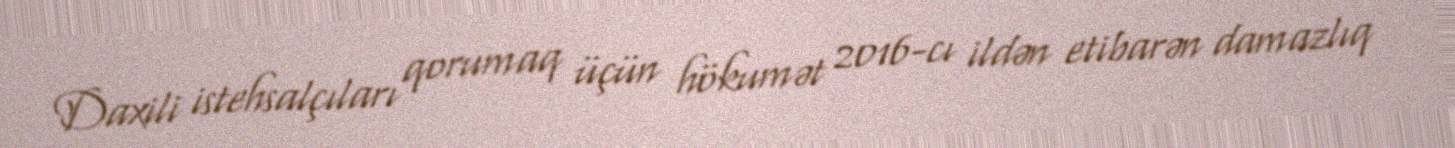
Daxili istehsalçıları qorumaq üçün hökumət 2016-cı ildən etibarən damazlıq